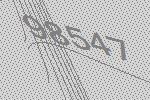
98547